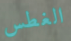
الغطس